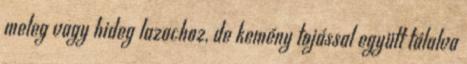
meleg vagy hideg lazachoz, de kemény tojással együtt tálalva